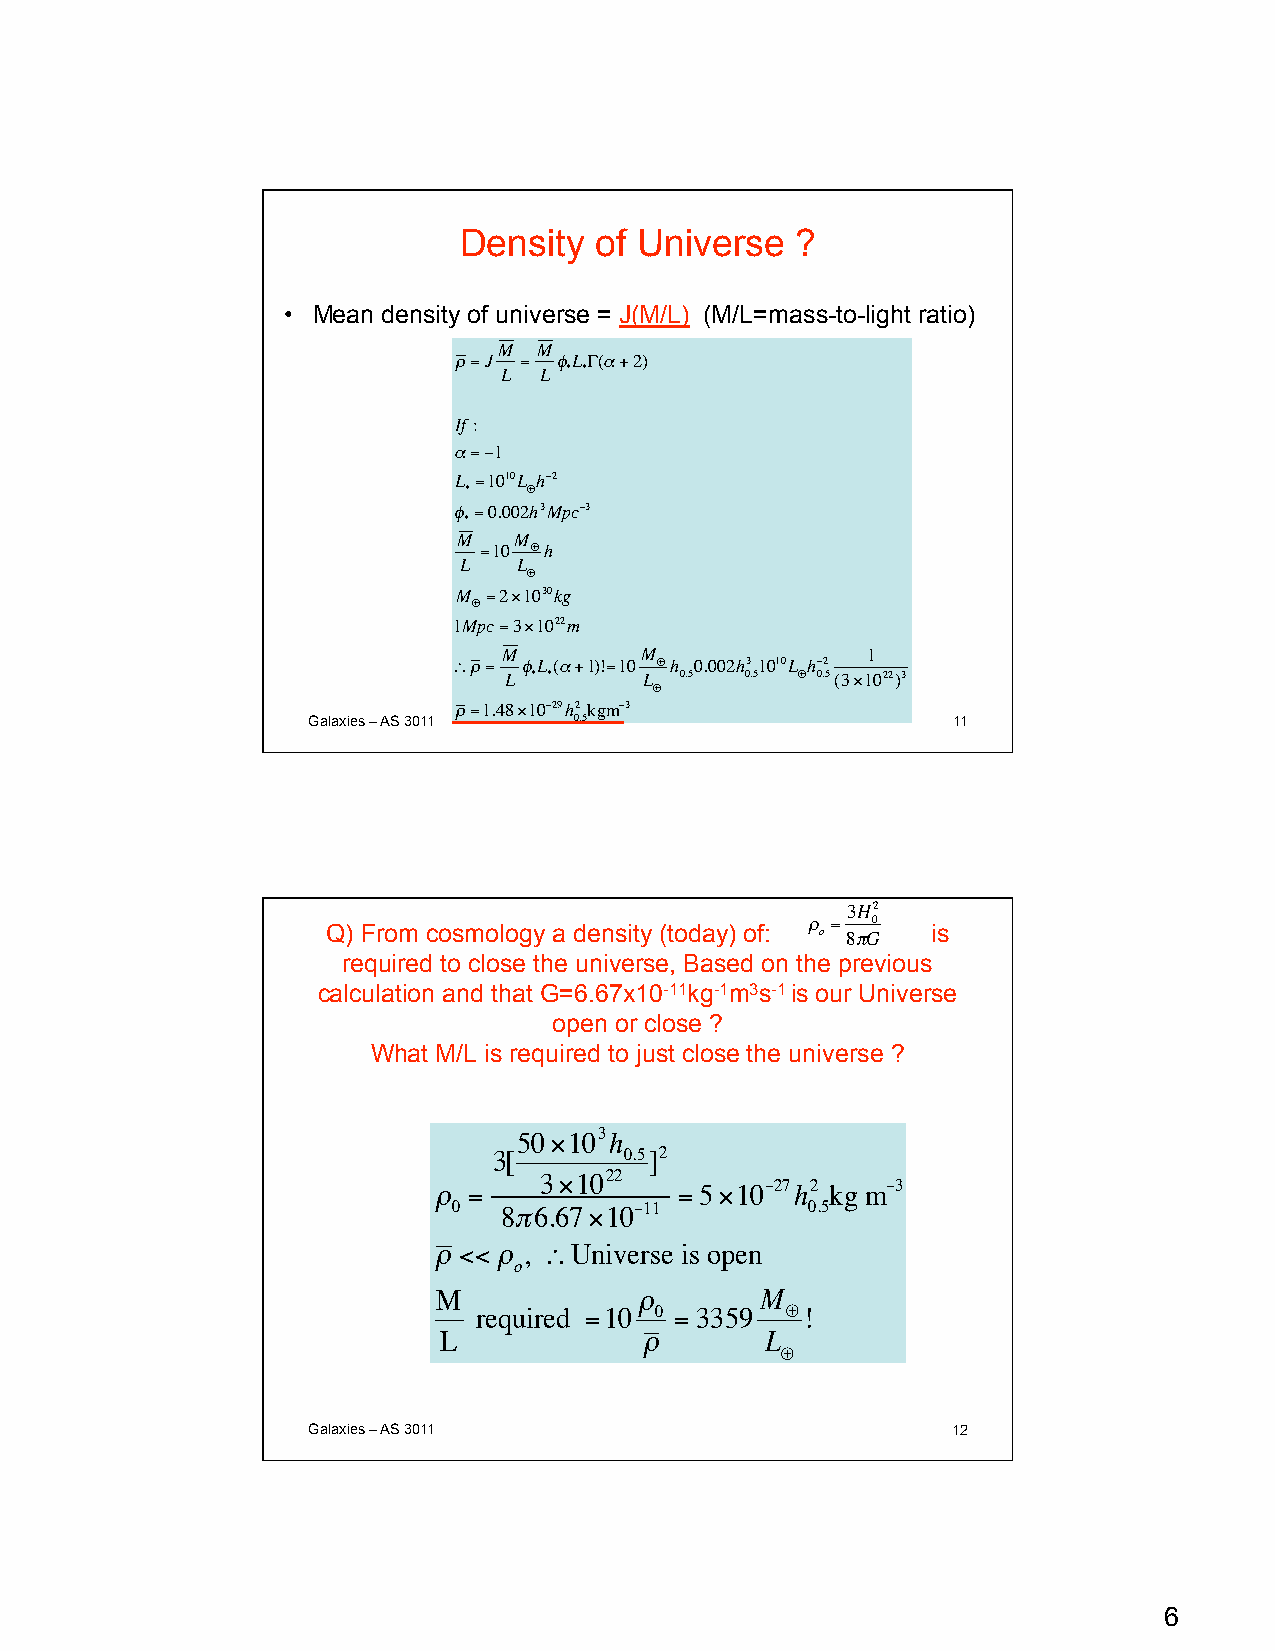
Density  of Universe   ?
 • Mean density of universe = J(M/L) (M/L=mass-to-light ratio)
 M  M
 ρ =J = φLΓ(α+2)
 L  L * *
 If :
 α=−1
 L =1010L h−2
 *   ⊕
 φ =0.002h3Mpc−3
 *
 M   M
 =10 ⊕h
 L   L
 ⊕
 M =2×1030kg
 ⊕
 1Mpc=3×1022m
 M        M              1
 ∴ρ = φL(α+1)!=10 ⊕h 0.002h3 1010L h−2
 L * *     L 0.5 0.5 ⊕ 0.5(3×1022)3
 ⊕
 ρ =1.48×10−29h2 kgm−3
 Galaxies – AS 3011 0.5                     11
 €
 3H2
 Q) From cosmology a density (today) of: ρ o = 8 π G 0 is
 required to close the universe, Based on the previous
 calculation and that G=6.67x10-11kg-1m3s-1 is our Universe
 open or close ? €
 What M/L is required to just close the universe ?
 50×103h
 3[      0.5]2
 ρ =
 3×1022
 =5×10−27h2 kg m−3
 0  8π6.67×10−11         0.5
 ρ <<ρ, ∴Universe is open
 o
 M            ρ       M
 required =10 0 = 3359 ⊕!
 L            ρ        L
 ⊕
 Galaxies – AS 3011                         12
 €
 6